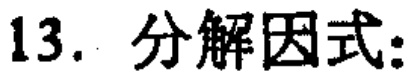
13. 分解因式: